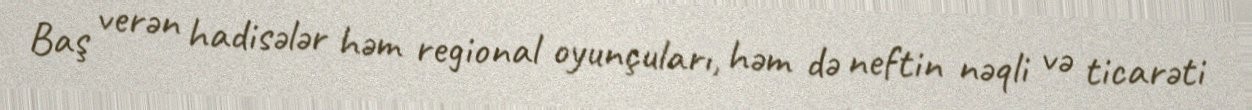
Baş verən hadisələr həm regional oyunçuları, həm də neftin nəqli və ticarəti